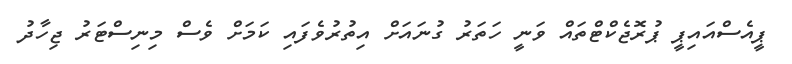
ޕީއެސްއައިޕީ ޕުރޮޖެކްޓްތައް ވަނީ ހަތަރު ގުނައަށް އިތުރުވެފައި ކަމަށް ވެސް މިނިސްޓަރު ޖިހާދު